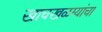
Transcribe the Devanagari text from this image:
खाचखळग्यांचा